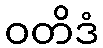
ဝတိဒံ